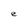
Character: e